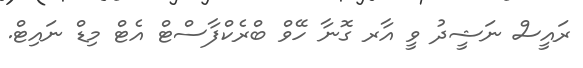
ރައީސް ނަޝީދު ވީ އާރ ގޮނާ ހޭވް ބްރެކްފާސްޓް އެޓް މިޑް ނައިޓް.